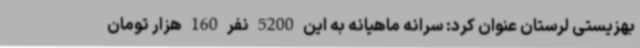
بهزیستی لرستان عنوان کرد: سرانه ماهیانه به این 5200 نفر 160 هزار تومان